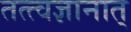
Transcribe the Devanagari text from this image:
तत्त्वज्ञानात्